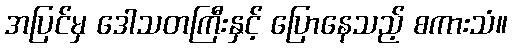
အပြင်မှ ဒေါသတကြီးနှင့် ပြောနေသည့် စကားသံ။